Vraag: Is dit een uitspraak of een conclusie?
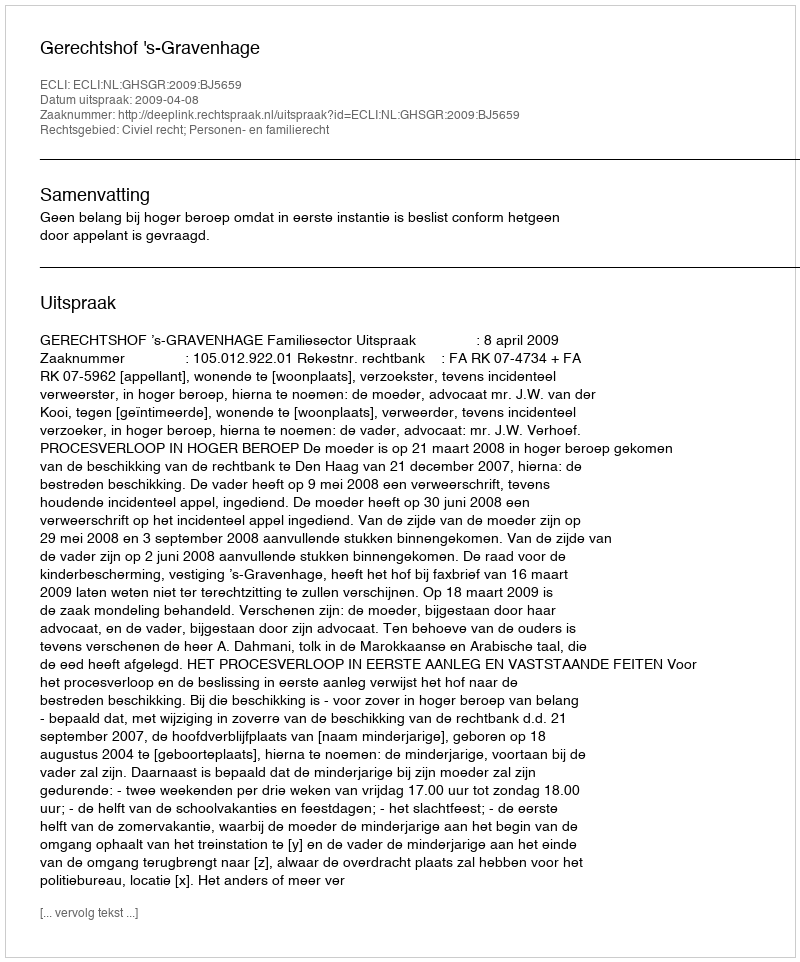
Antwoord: Uitspraak